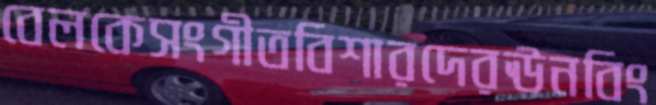
বেলকেসংগীতবিশারদেরঊনবিং